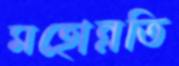
মহোন্নতি